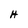
Character: H